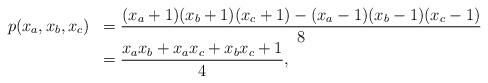
LaTeX: \begin{align*}\begin{array}{rl}p(x_a,x_b,x_c) &= \displaystyle \frac{(x_a+1)(x_b+1)(x_c+1)-(x_a-1)(x_b-1)(x_c-1)}{8} \\&= \displaystyle \frac{x_ax_b+x_ax_c+x_bx_c+1}{4},\end{array}\end{align*}